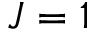
J = 1